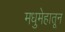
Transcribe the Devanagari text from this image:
मधुमेहातून